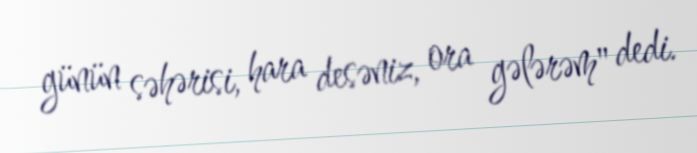
günün səhərisi, hara desəniz, ora gələrəm" dedi.